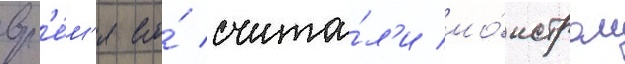
вр'е́м'я его́ счита́л'и мо́нстром